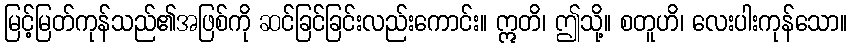
မြင့်မြတ်ကုန်သည်၏အဖြစ်ကို ဆင်ခြင်ခြင်းလည်းကောင်း။ ဣတိ၊ ဤသို့။ စတူဟိ၊ လေးပါးကုန်သော။